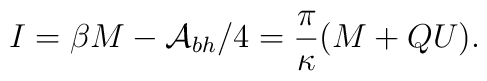
I = \beta M - {\cal A}_{bh}/4 = \frac{\pi}{\kappa} ( M + Q U).